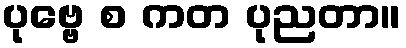
ပုဗ္ဗေ စ ကတ ပုညတာ။